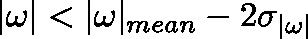
| { \mathbf { \omega } } | < | { \mathbf { \omega } } | _ { m e a n } - 2 \sigma _ { | \mathbf { \omega } | }